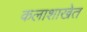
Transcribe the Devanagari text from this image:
कलाशाखेत